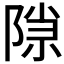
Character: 𬯍